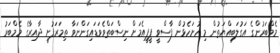
މެމްބަރުންގެ އަގުލަބިއްޔަތުން މި ހުށަހެޅުން ފާސްވީ ޕީޕީއެމަށް ނިސްބަތްވެވަޑައިގަންނަވާ ތިމަރަފުށީ ދާއިރާގެ މެމްބަރު